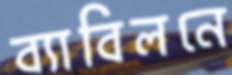
ব্যাবিলনে